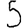
Digit: 5